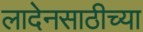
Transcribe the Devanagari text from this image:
लादेनसाठीच्या